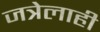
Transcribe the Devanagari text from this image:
जत्रेलाही